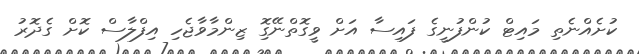
ކުށެއްނެތި މައިޓް ކުންފުނީގެ ފައިސާ އަށް ވީގޮތްނޭގިޮ ޒިންމާވާޖެހި އިފްލާސް ކޮށް ގެދޮރު